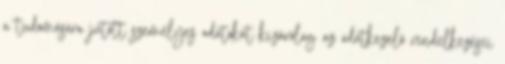
a tudomására jutott személyes adatokat kizárólag az adatkezelő rendelkezései